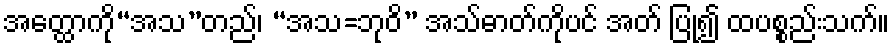
အတ္ထောကို“အသ”တည်၊ “အသ=ဘုဝိ” အသ်ဓာတ်ကိုပင် အတ် ပြု၍ ထပစ္စည်းသက်။